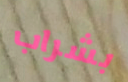
بشراب